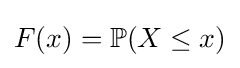
F(x)=\mathbb {P} (X\leq x)